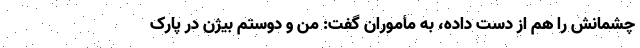
چشمانش را هم از دست داده، به مأموران گفت: من و دوستم بیژن در پارک